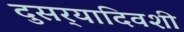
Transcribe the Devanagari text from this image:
दुसर्‍यादिवशी